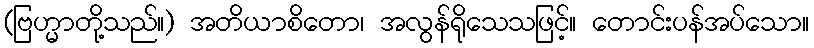
(ဗြဟ္မာတို့သည်။) အတိယာစိတော၊ အလွန်ရိုသေသဖြင့်။ တောင်းပန်အပ်သော။